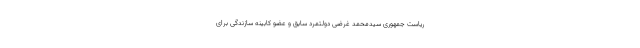
ریاست جمهوری سیدمحمد غرضی دولتمرد سابق و عضو کابینه سازندگی برای